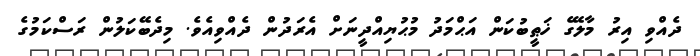
ދެއްވި އިރު މާލޭގެ ޚަޠީބުކަން އަޙްމަދު މުޙުޔިއްދީނަށް އެރަދުން ދެއްވިއެވެ. މިދެބޭކަލުން ރަސްކަމުގެ